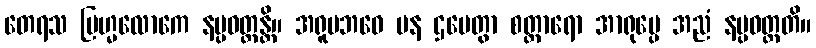
တေရသ ဗြဟ္မလောကေ နပ္ပဝတ္တန္တိ။ အရူပဘဝေ ပန ဌပေတွာ စတ္တာရော အာရုပ္ပေ အညံ နပ္ပဝတ္တတိ။